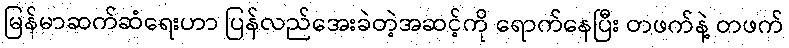
မြန်မာဆက်ဆံရေးဟာ ပြန်လည်အေးခဲတဲ့အဆင့်ကို ရောက်နေပြီး တဖက်နဲ့ တဖက်